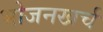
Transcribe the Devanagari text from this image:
भोजनखर्च